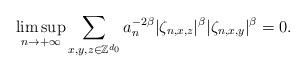
LaTeX: \begin{align*}\limsup_{n\rightarrow+\infty}\sum_{x,y,z\in\mathbb Z^{d_0}}a_n^{-2\beta}|\zeta_{n,x,z}|^\beta|\zeta_{n,x,y}|^\beta=0.\end{align*}